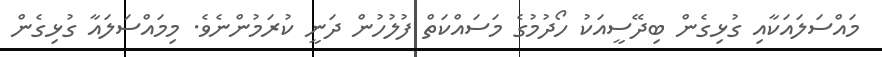
މައްސަލައަކާއި ގުޅިގެން ބިދޭސީއަކު ހޯދުމުގެ މަސައްކަތް ފުލުހުން ދަނީ ކުރަމުންނެވެ. މިމައްސަލައާ ގުޅިގެން